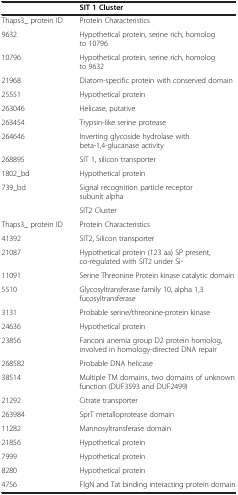
<table><thead><tr><td><b> </b></td><td><b>SIT 1 Cluster</b></td></tr></thead><tbody><tr><td>Thaps3_ protein ID</td><td>Protein Characteristics</td></tr><tr><td>9632</td><td>Hypothetical protein, serine rich, homolog to 10796</td></tr><tr><td>10796</td><td>Hypothetical protein, serine rich, homolog to 9632</td></tr><tr><td>21968</td><td>Diatom-specific protein with conserved domain</td></tr><tr><td>25551</td><td>Hypothetical protein</td></tr><tr><td>263046</td><td>Helicase, putative</td></tr><tr><td>263454</td><td>Trypsin-like serine protease</td></tr><tr><td>264646</td><td>Inverting glycoside hydrolase with beta-1,4-glucanase activity</td></tr><tr><td>268895</td><td>SIT 1, silicon transporter</td></tr><tr><td>1802_bd</td><td>Hypothetical protein</td></tr><tr><td>739_bd</td><td>Signal recognition particle receptor subunit alpha</td></tr><tr><td> </td><td>SIT2 Cluster</td></tr><tr><td>Thaps3_ protein ID</td><td>Protein Characteristics</td></tr><tr><td>41392</td><td>SIT2, Silicon transporter</td></tr><tr><td>21087</td><td>Hypothetical protein (123 aa) SP present, co-regulated with SIT2 under Si-</td></tr><tr><td>11091</td><td>Serine Threonine Protein kinase catalytic domain</td></tr><tr><td>5510</td><td>Glycosyltransferase family 10, alpha 1,3 fucosyltransferase</td></tr><tr><td>3131</td><td>Probable serine/threonine-protein kinase</td></tr><tr><td>24636</td><td>Hypothetical protein</td></tr><tr><td>23856</td><td>Fanconi anemia group D2 protein homolog, involved in homology-directed DNA repair</td></tr><tr><td>268582</td><td>Probable DNA helicase</td></tr><tr><td>38514</td><td>Multiple TM domains, two domains of unknown function (DUF3593 and DUF2499)</td></tr><tr><td>21292</td><td>Citrate transporter</td></tr><tr><td>263984</td><td>SprT metalloprotease domain</td></tr><tr><td>11282</td><td>Mannosyltransferase domain</td></tr><tr><td>21856</td><td>Hypothetical protein</td></tr><tr><td>7999</td><td>Hypothetical protein</td></tr><tr><td>8280</td><td>Hypothetical protein</td></tr><tr><td>4756</td><td>FlgN and Tat binding interacting protein domain</td></tr></tbody></table>